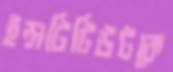
ইন্সটিটিউটকে